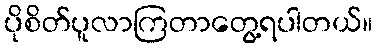
ပိုစိတ်ပူလာကြတာတွေ့ရပါတယ်။